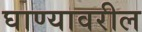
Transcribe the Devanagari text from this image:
घाण्यावरील